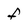
Character: f